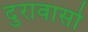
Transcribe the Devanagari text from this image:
दुरावासो